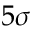
5 \sigma